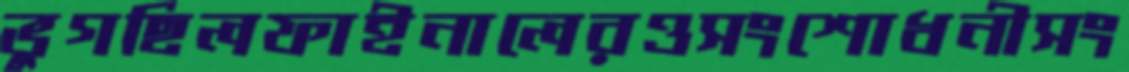
ভুগছিলফাইনালেরওসংশোধনীসং